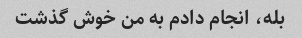
بله، انجام دادم به من خوش گذشت